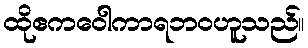
ထိုဧကဝေါကာရဘဝဟူသည်။